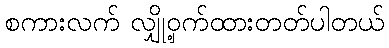
စကားလက် လျှို့ဝှက်ထားတတ်ပါတယ်